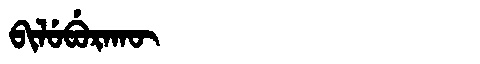
Manchu: ᠪᡳᠯᡠᠪᡠᡵᠠᡴᡡ
Romanization: BILUBURAKŪ